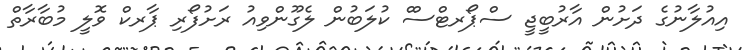
އިއުލާނުގެ ދަށުން އާރުބީޖީ ސްޕޯރޓްސްް ކުލަބުން ލެގޫންވިއު ރަށުފޯރި ޕާރކް ވޮލީ މުބާރާތް